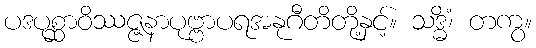
ပဒပုစ္ဆာဝိဿဇ္ဇနာပုဗ္ဗာပရအနုဂီတိတို့နှင့်။ သဒ္ဓိံ၊ တကွ။